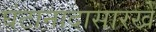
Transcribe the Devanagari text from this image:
घंटानादासारखे